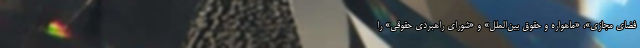
فضای مجازی»، «ماهواره و حقوق بین‌الملل» و «شورای راهبردی حقوقی» را